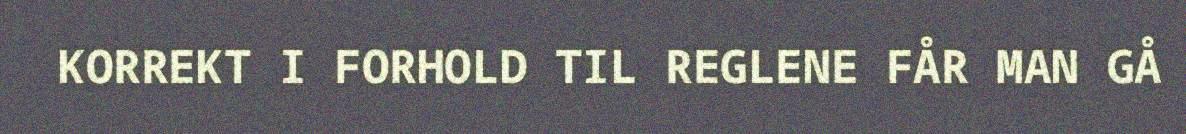
KORREKT I FORHOLD TIL REGLENE FÅR MAN GÅ